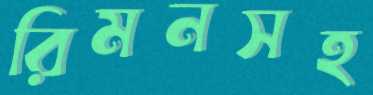
রিমনসহ